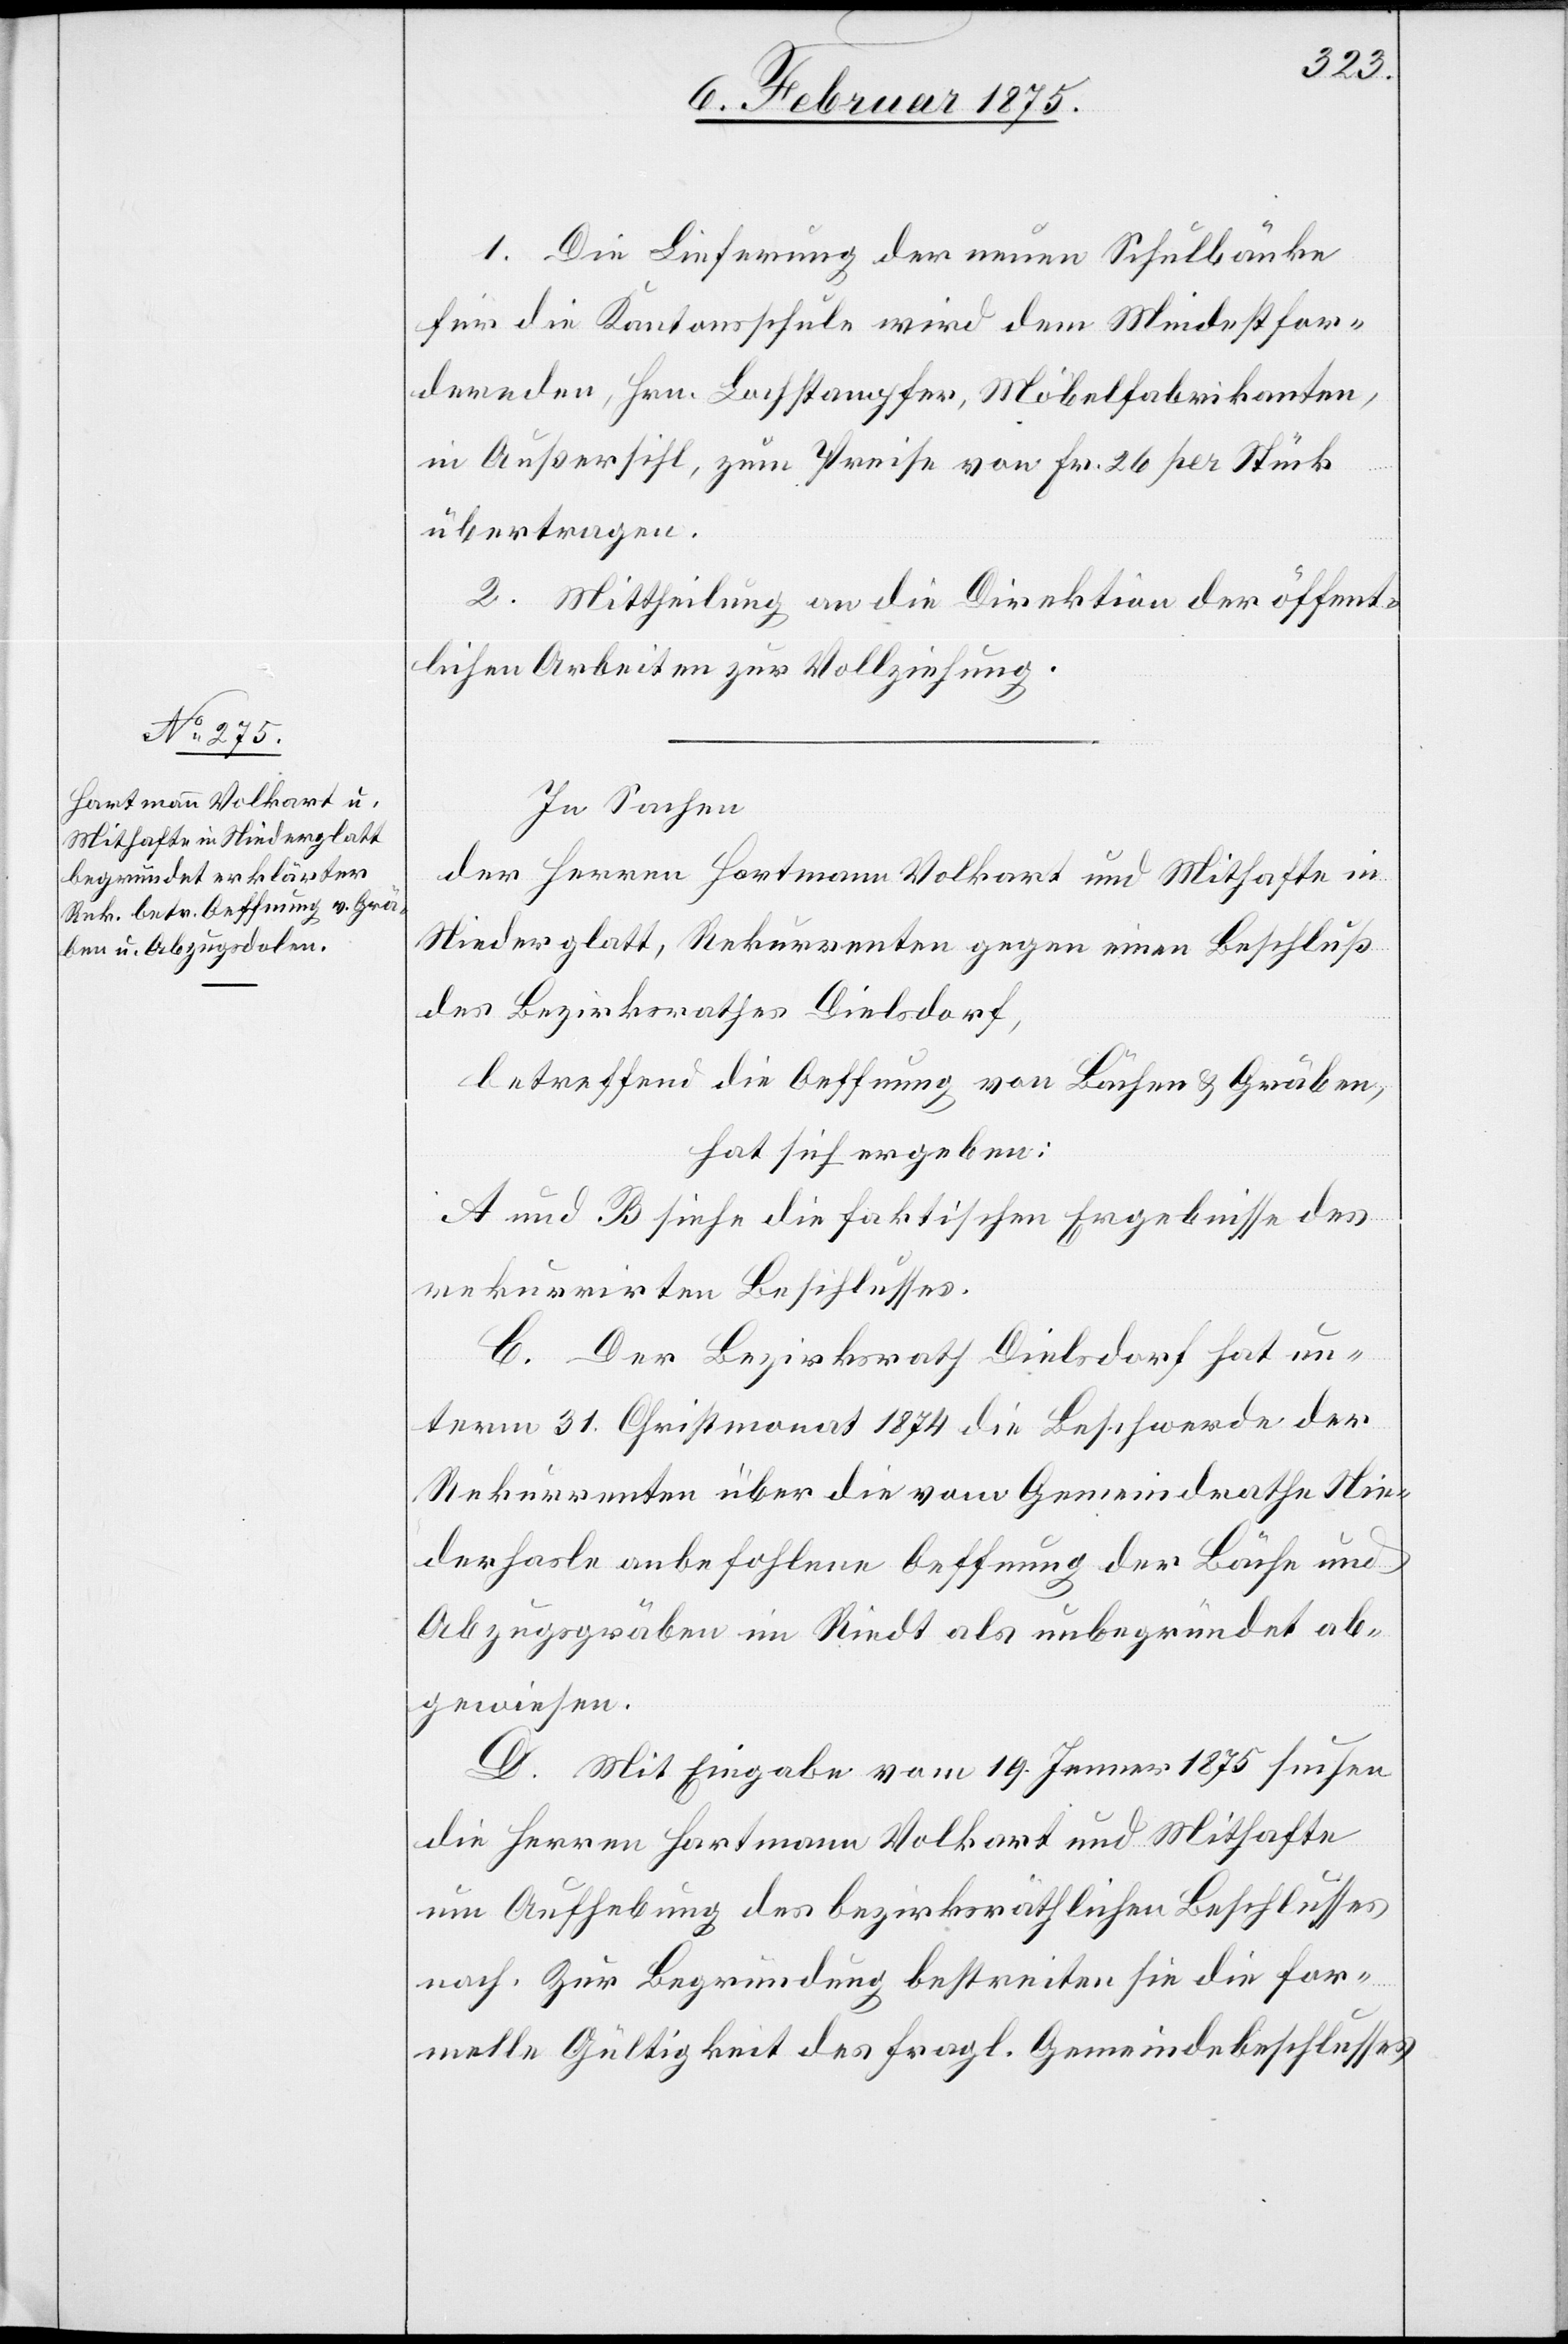
1. Die Lieferung der neuen Schulbänke
für die Kantonsschule wird dem Mindestfor¬
dernden, Hrn. Lochstampfer, Möbelfabrikanten,
in Außersihl, zum Preise von Fr. 26 per Stück
übertragen.
2. Mittheilung an die Direktion der öffent¬
lichen Arbeiten zur Vollziehung.
In Sachen
der Herren Hartmann Volkart und Mithafte in
Niederglatt, Rekurrenten gegen einen Beschluß
des Bezirksrathes Dielsdorf,
betreffend die Oeffnung von Bächen & Gräben,
hat sich ergeben:
A und B siehe die faktischen Ergebnisse des
rekurrirten Beschlusses.
C. Der Bezirksrath Dielsdorf hat un¬
term 31. Christmonat 1874 die Beschwerde der
Rekurrenten über die vom Gemeindrathe Nie¬
derhasle anbefohlene Oeffnung der Bäche und
Abzugsgräben im Riedt als unbegründet ab¬
gewiesen.
D. Mit Eingabe vom 19. Jenner 1875 suchen
die Herren Hartmann Volkart und Mithafte
um Aufhebung des bezirksräthlichen Beschlusses
nach. Zur Begründung bestreiten sie die for¬
melle Gültigkeit des fragl. Gemeindebeschlusses